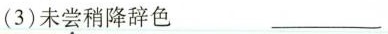
(3)未尝稍降辞色 ___